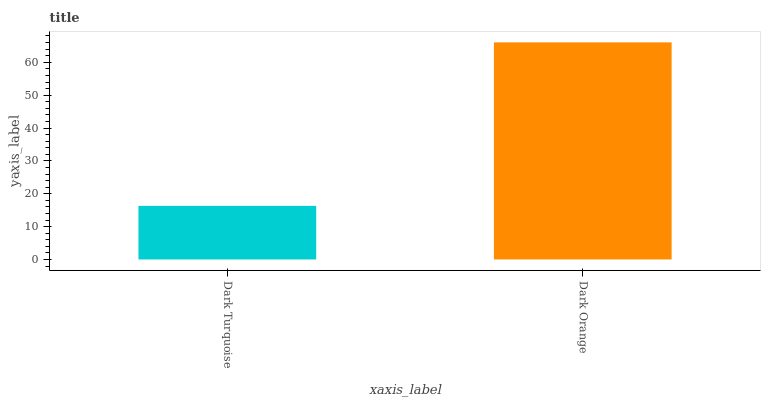
| xaxis_label | bars |
 | --- | --- |
 | Dark Turquoise | 16.3 |
 | Dark Orange | 66.1 |